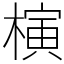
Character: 𣘹